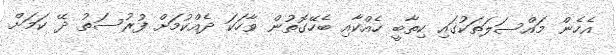
އެހެން މައްސަލަތަކުގައި ކިތާބީ ހެއްކާއި ބެހޭގޮތުން ވާހަކަ ދެއްކުމަށް ފުރުސަތު ދޭ ކަމަށް